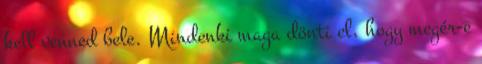
kell venned bele. Mindenki maga dönti el, hogy megér-e